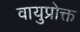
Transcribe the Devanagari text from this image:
वायुप्रोक्त